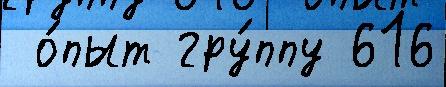
 о́пыт гру́ппу 616